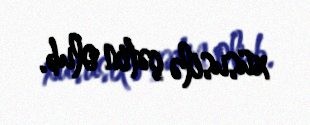
xüsusilə çətin olub.